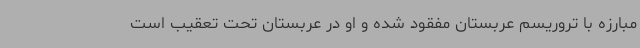
مبارزه با تروریسم عربستان مفقود شده و او در عربستان تحت تعقیب است